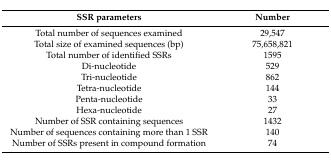
<table><thead><tr><td><b>SSR parameters</b></td><td><b>Number</b></td></tr></thead><tbody><tr><td>Total number of sequences examined</td><td>29,547</td></tr><tr><td>Total size of examined sequences (bp)</td><td>75,658,821</td></tr><tr><td>Total number of identified SSRs</td><td>1595</td></tr><tr><td>Di-nucleotide</td><td>529</td></tr><tr><td>Tri-nucleotide</td><td>862</td></tr><tr><td>Tetra-nucleotide</td><td>144</td></tr><tr><td>Penta-nucleotide</td><td>33</td></tr><tr><td>Hexa-nucleotide</td><td>27</td></tr><tr><td>Number of SSR containing sequences</td><td>1432</td></tr><tr><td>Number of sequences containing more than 1 SSR</td><td>140</td></tr><tr><td>Number of SSRs present in compound formation</td><td>74</td></tr></tbody></table>